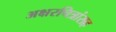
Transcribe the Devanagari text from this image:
अक्षरचित्रांसह